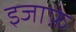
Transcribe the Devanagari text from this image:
इजाफ़े